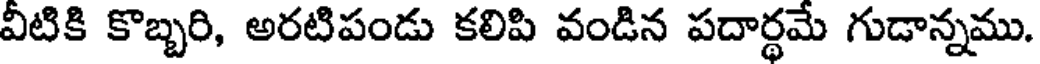
వీటికి కొబ్బరి, అరటిపండు కలిపి వండిన పదార్థమే గుడాన్నము.